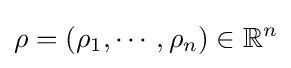
\rho =(\rho _{1},\cdots ,\rho _{n})\in \mathbb {R} ^{n}